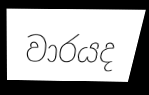
වාරයද